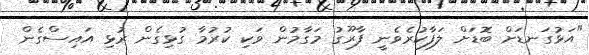
"އަޅުގަނޑަށް ބޮޑަށް ލަފާކުރެވެނީ ފާރޫގު މަގާމުން ވަކި ކުރުމާ ގުޅިގެން ރުޅި އައިސްގެން